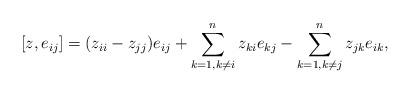
LaTeX: \begin{align*} [z, e_{ij}] =(z_{ii} - z_{jj}) e_{ij} + \sum_{k=1, k\ne i}^n z_{ki} e_{kj} - \sum_{k=1, k\neq j}^n z_{jk} e_{ik},\end{align*}